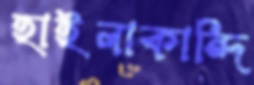
হাইলাকান্দি